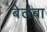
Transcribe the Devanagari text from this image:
बेलंबा